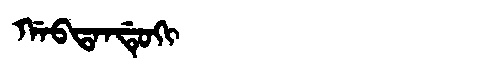
Manchu: ᡤᠠᠪᡨᠠᠨᡩᡠᡴᡳ
Romanization: GABTANDUKI